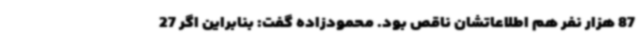
87 هزار نفر هم اطلاعاتشان ناقص بود. محمودزاده گفت: بنابراین اگر 27